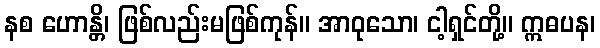
နစ ဟောန္တိ၊ ဖြစ်လည်းမဖြစ်ကုန်။ အာဝုသော၊ ငါ့ရှင်တို့။ ဣဓပန၊